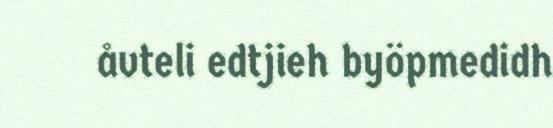
åvteli edtjieh byöpmedidh